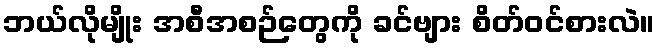
ဘယ်လိုမျိုး အစီအစဉ်တွေကို ခင်ဗျား စိတ်ဝင်စားလဲ။